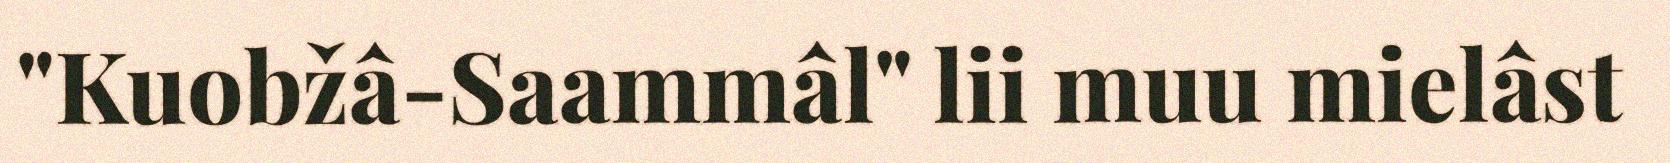
"Kuobžâ-Saammâl" lii muu mielâst